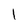
Character: l